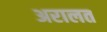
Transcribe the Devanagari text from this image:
अरालत